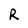
Character: R